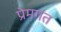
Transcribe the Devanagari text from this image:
प्रेमगत